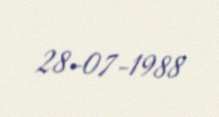
28-07-1988